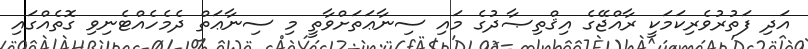
އަދި ފަތުރުވެރިކަމަކީ ރާއްޖޭގެ އިޤްތިޞާދުގެ މައި ސިނާޢަތަށްވާތީ މި ސިނާޢަތް ދެމެހެއްޓެނިވި ގޮތެއްގައި